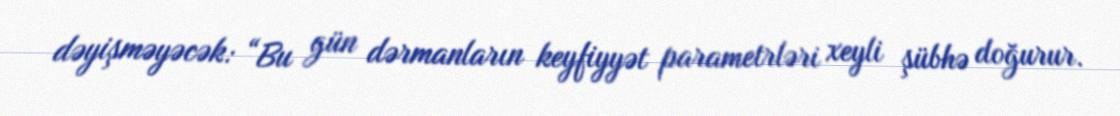
dəyişməyəcək: “Bu gün dərmanların keyfiyyət parametrləri xeyli şübhə doğurur.